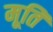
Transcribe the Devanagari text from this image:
मूतिॅ